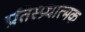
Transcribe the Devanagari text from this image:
प्रतिस्प्रधात्मक